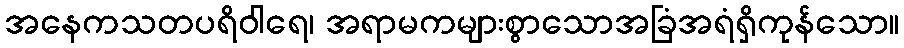
အနေကသတပရိဝါရေ၊ အရာမကများစွာသောအခြံအရံရှိကုန်သော။